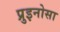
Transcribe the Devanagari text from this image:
प्रुइनोसा